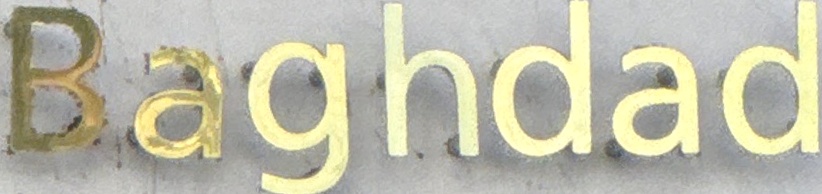
Baghdad